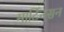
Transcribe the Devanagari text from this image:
मार्टिनसन